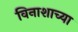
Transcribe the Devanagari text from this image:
विनाशाच्या